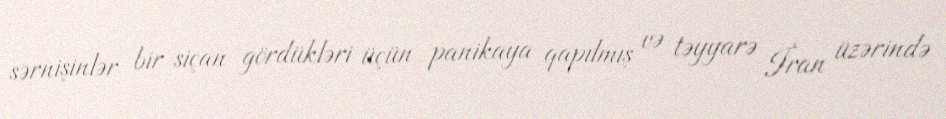
sərnişinlər bir siçan gördükləri üçün panikaya qapılmış və təyyarə İran üzərində